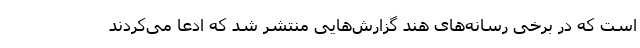
است که در برخی رسانه‌های هند گزارش‌هایی منتشر شد که ادعا می‌کردند